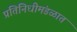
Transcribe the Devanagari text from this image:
प्रतिनिधीमंडळात